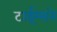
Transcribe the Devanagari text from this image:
टाईम्सने